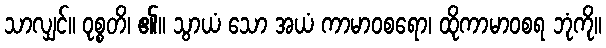
သာလျှင်။ ဝုစ္စတိ၊ ၏။ သွာယံ သော အယံ ကာမာဝစရော၊ ထိုကာမာဝစရ ဘုံကို။